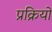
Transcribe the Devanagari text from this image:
प्रक्रियों